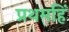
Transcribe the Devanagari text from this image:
प्रथमहिं